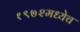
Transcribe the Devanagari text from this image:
१९७२मध्येच